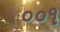
૦૦૧